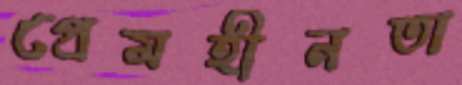
প্রেমহীনতা